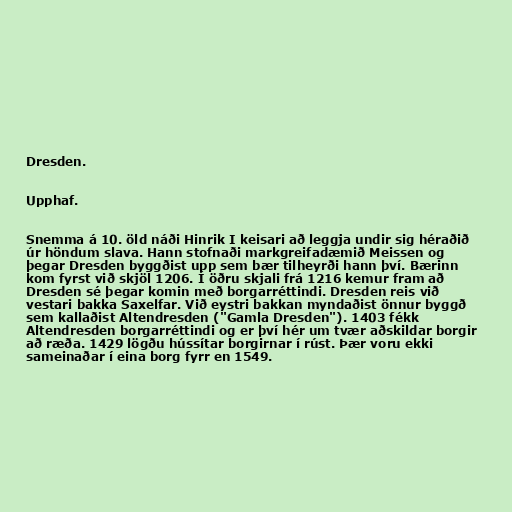
Dresden.

Upphaf.

Snemma á 10. öld náði Hinrik I keisari að leggja undir sig héraðið
úr höndum slava. Hann stofnaði markgreifadæmið Meissen og
þegar Dresden byggðist upp sem bær tilheyrði hann því. Bærinn
kom fyrst við skjöl 1206. Í öðru skjali frá 1216 kemur fram að
Dresden sé þegar komin með borgarréttindi. Dresden reis við
vestari bakka Saxelfar. Við eystri bakkan myndaðist önnur byggð
sem kallaðist Altendresden ("Gamla Dresden"). 1403 fékk
Altendresden borgarréttindi og er því hér um tvær aðskildar borgir
að ræða. 1429 lögðu hússítar borgirnar í rúst. Þær voru ekki
sameinaðar í eina borg fyrr en 1549.